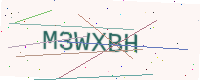
Text: M3WXBH